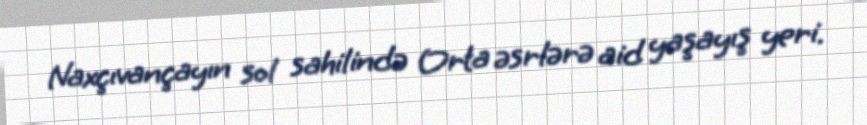
Naxçıvançayın sol sahilində Orta əsrlərə aid yaşayış yeri.